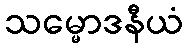
သမ္မောဒနီယံ